Scientific memoirs by medical officers of the Army of India - Part II,
Year: 1886
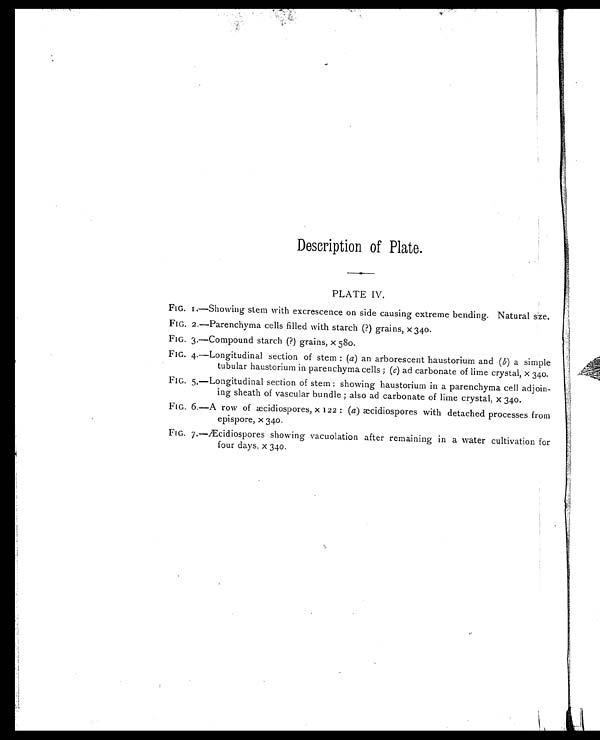
Description of Plate.
PLATE IV.
FIG. 1.—Showing stem with excrescence on side causing extreme bending. Natural size.
FIG. 2.—Parenchyma cells filled with starch (?) grains, x 340.
FIG. 3.—Compound starch (?) grains, x 580.
FIG. 4.—Longitudinal section of stem: ( a ) an arborescent haustorium and ( b ) a simple
tubular haustorium in parenchyma cells; ( c) ad carbonate of lime crystal, x 340.
FIG. 5.—Longitudinal section of stem: showing haustorium in a parenchyma cell adjoin-
ing sheath of vascular bundle; also ad carbonate of lime crystal, x 340.
FIG. 6.—A row of æcidiospores, x 122: ( a ) æcidiospores with detached processes from
epispore, x 340.
FIG. 7.—Æcidiospores showing vacuolation after remaining in a water cultivation for
four days, x 340.